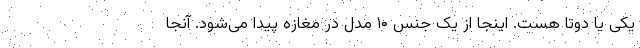
یکی یا دوتا هست. اینجا از یک جنس ۱۰ مدل در مغازه پیدا می‌شود. آنجا